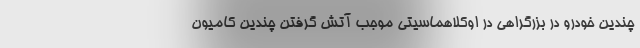
چندین خودرو در بزرگراهی در اوکلاهماسیتی موجب آتش گرفتن چندین کامیون